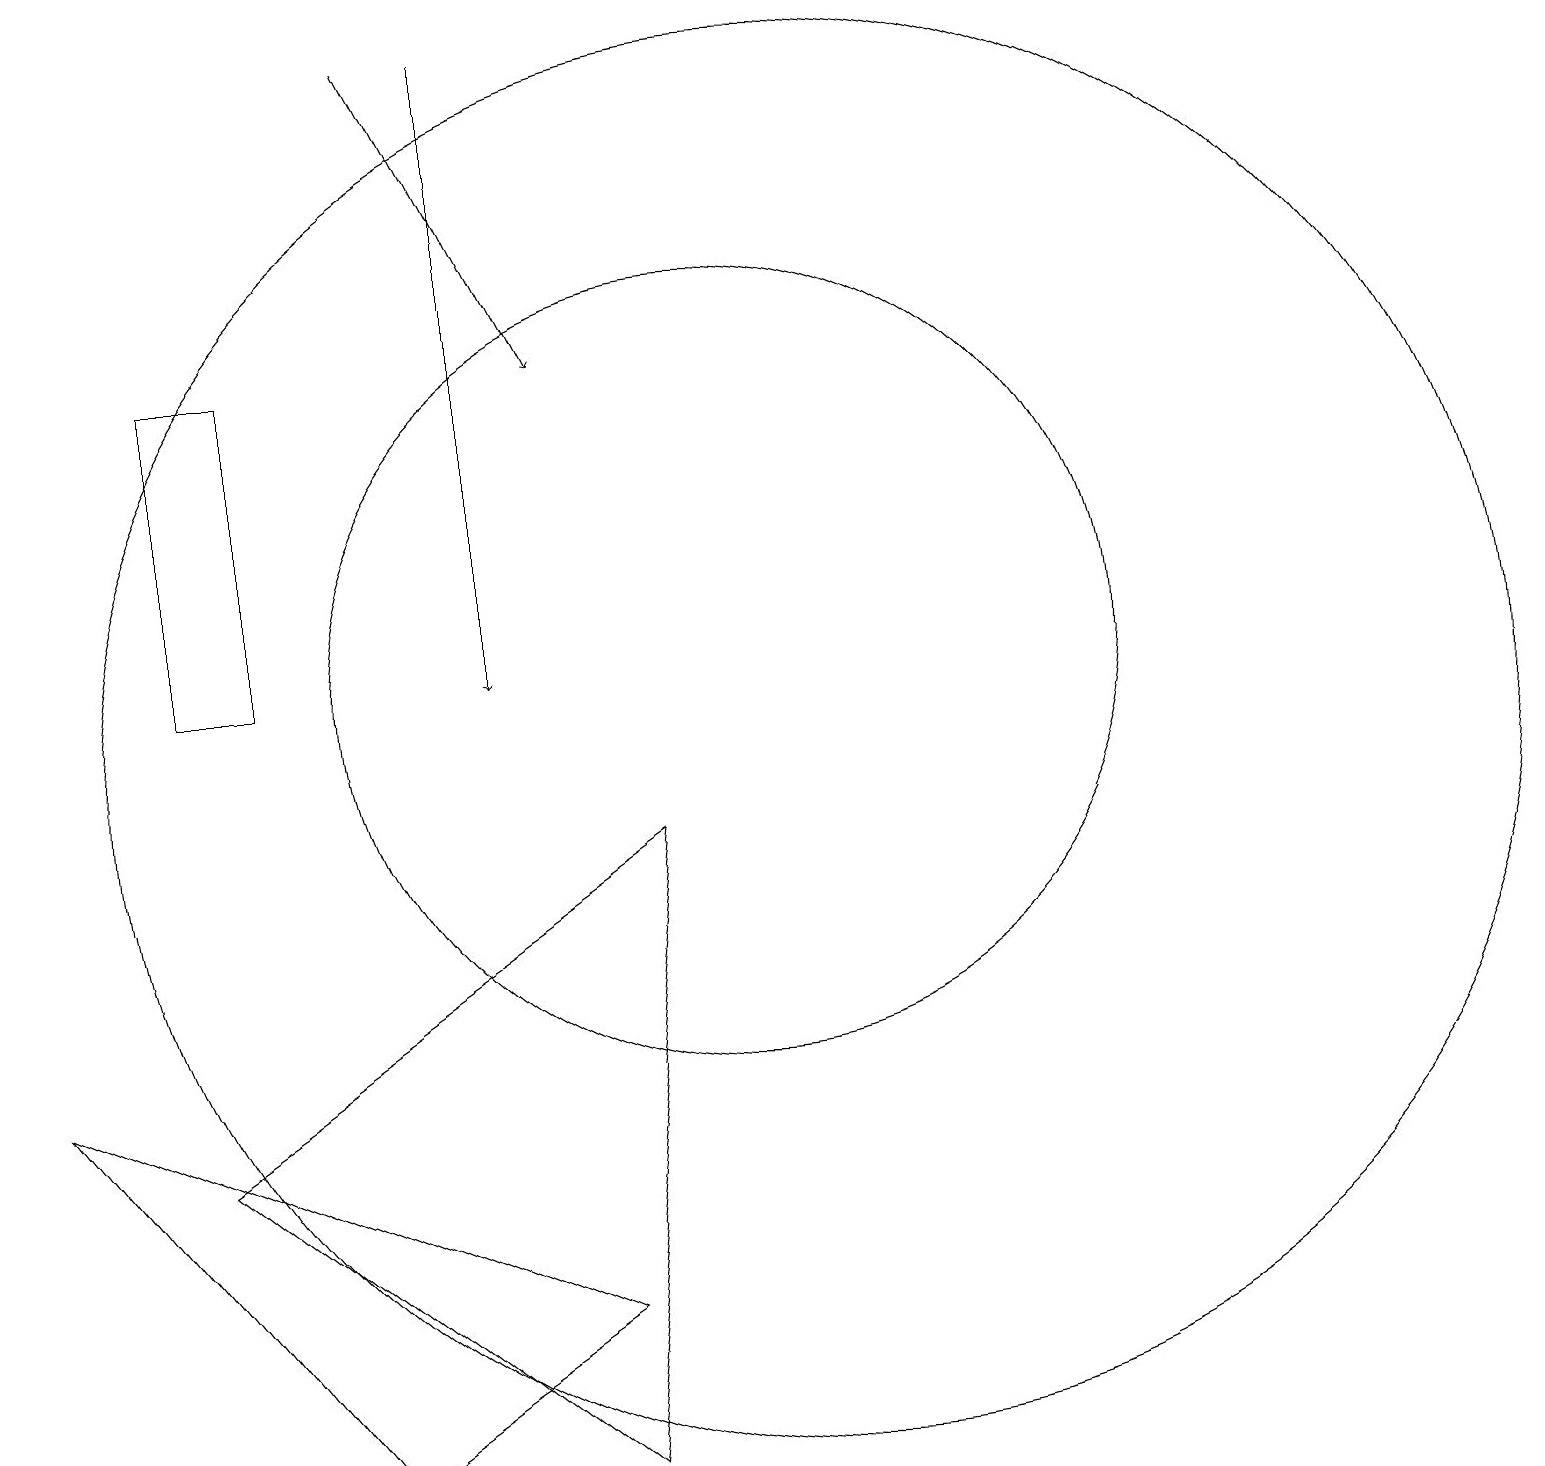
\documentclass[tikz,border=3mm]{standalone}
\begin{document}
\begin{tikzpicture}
\draw[->] (6,19) -- (8,15);
\draw (10,11) circle (5);
\draw (3,11) rectangle (4,15);
\draw (11,10) circle (9);
\draw (8,1) -- (9,9) -- (3,5) -- cycle;
\draw[->] (7,19) -- (7,11);
\draw (1,6) -- (8,3) -- (5,1) -- cycle;
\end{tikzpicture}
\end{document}